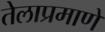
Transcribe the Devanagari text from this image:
तेलाप्रमाणे